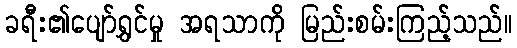
ခရီး၏ပျော်ရွှင်မှု အရသာကို မြည်းစမ်းကြည့်သည်။